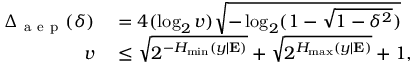
\begin{array} { r l } { \Delta _ { \mathrm { ~ a ~ e ~ p ~ } } ( \delta ) } & { { } = 4 ( \log _ { 2 } v ) \sqrt { - \log _ { 2 } ( 1 - \sqrt { 1 - \delta ^ { 2 } } ) } } \\ { v } & { { } \leq \sqrt { 2 ^ { - H _ { \operatorname* { m i n } } ( y | \mathbf { E } ) } } + \sqrt { 2 ^ { H _ { \operatorname* { m a x } } ( y | \mathbf { E } ) } } + 1 , } \end{array}